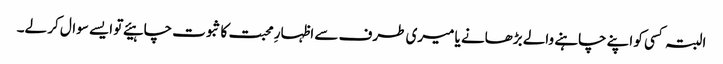
البتہ کسی کو اپنے چاہنے والے بڑھانے یا میری طرف سے اظہارِ محبت کا ثبوت چاہیئے تو ایسے سوال کر لے۔